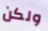
ولكن